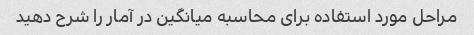
مراحل مورد استفاده برای محاسبه میانگین در آمار را شرح دهید